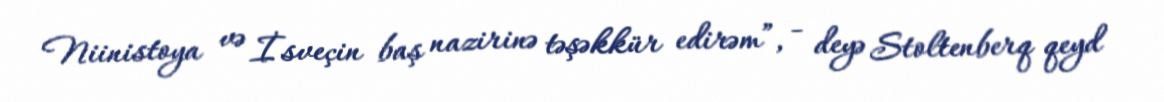
Niinistoya və İsveçin baş nazirinə təşəkkür edirəm”, - deyə Stoltenberq qeyd